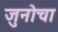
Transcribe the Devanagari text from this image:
जुनोचा